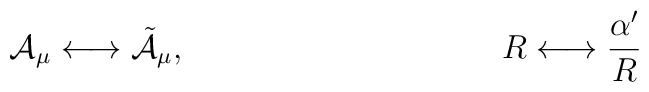
{\cal A}_\mu \longleftrightarrow \tilde{\cal A}_\mu,\hspace{40mm} R \longleftrightarrow \frac{\alpha^\prime}{R}